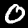
Digit: 0